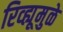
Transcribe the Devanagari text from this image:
रिव्ह्यूमुळे